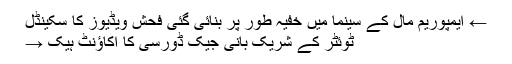
← ایمپوریم مال کے سینما میں خفیہ طور پر بنائی گئی فحش ویڈیوز کا سکینڈل
ٹوئٹر کے شریک بانی جیک ڈورسی کا اکاؤنٹ ہیک →